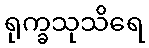
ရုက္ခသုသိရေ